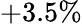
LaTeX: +3.5\%